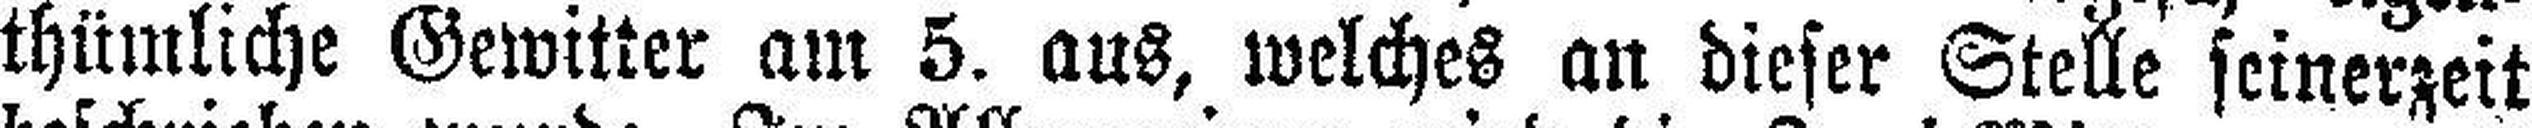
thümliche Gewitter am 5. aus, welches an dieser Stelle seinerzeit